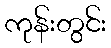
ကုန်းတွင်း